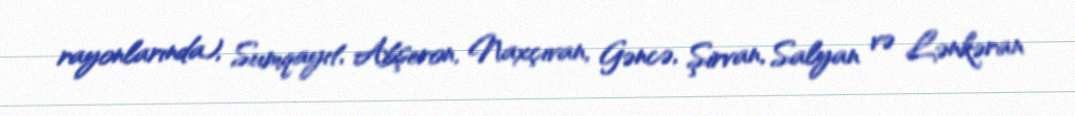
rayonlarında), Sumqayıt, Abşeron, Naxçıvan, Gəncə, Şirvan, Salyan və Lənkəran